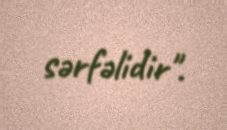
sərfəlidir".